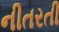
નીતરતી